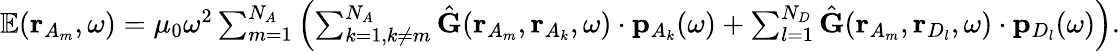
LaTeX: \begin{array}{r}{\mathbb{E}(\mathbf{r}_{A_{m}},\omega)=\mu_{0}\omega^{2}\sum_{m=1}^{N_{A}}\left(\sum_{k=1,k\neq m}^{N_{A}}\hat{\mathbf{G}}(\mathbf{r}_{A_{m}},\mathbf{r}_{A_{k}},\omega)\cdot\mathbf{p}_{{A_{k}}}(\omega)+\sum_{l=1}^{N_{D}}\hat{\mathbf{G}}(\mathbf{r}_{A_{m}},\mathbf{r}_{D_{l}},\omega)\cdot\mathbf{p}_{D_{l}}(\omega)\right).}\end{array}